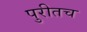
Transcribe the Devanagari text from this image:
पुरीतच